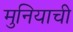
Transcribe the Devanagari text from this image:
मुनियाची